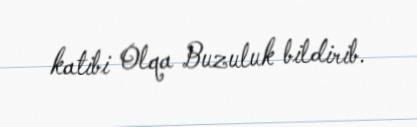
katibi Olqa Buzuluk bildirib.